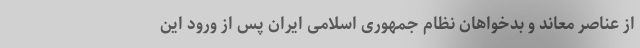
از عناصر معاند و بدخواهان نظام جمهوری اسلامی ایران پس از ورود این